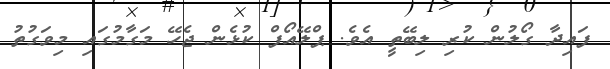
ފައިދާ ގޯލުން ކުރި ލިބޭތީ އެވެ. ޕްލޭއޯފް ކުޅެން ޖެހޭ މަގާމުގައި މިވަގުތު